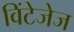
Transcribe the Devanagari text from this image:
विंटेजेज